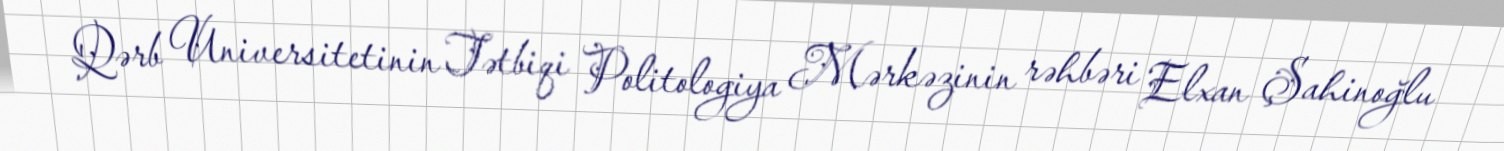
Qərb Universitetinin Tətbiqi Politologiya Mərkəzinin rəhbəri Elxan Şahinoğlu